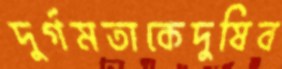
দুর্গমতাকেদুষিব